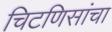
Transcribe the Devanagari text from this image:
चिटणिसांचा